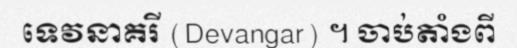
ទេវនាគរី (Devangar) ។ ចាប់តាំងពី